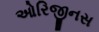
ઓરિજીનસ